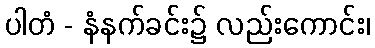
ပါတံ - နံနက်ခင်း၌ လည်းကောင်း၊